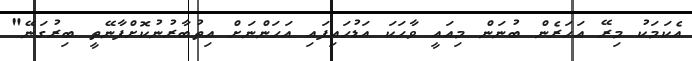
އެކަމަކު މިރޭ އަހަރެން ބުނަން މިއައީ ވާހަކަ އަޑުހައިފައި އަހަންނަށް އިތުބާރުނުކޮށްފާނޭތީ ބިރުގަނޭ"